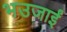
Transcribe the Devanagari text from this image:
भउजाईं